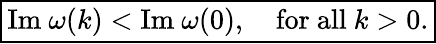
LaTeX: \boxed{\mathrm{Im}\ \omega(k)<\mathrm{Im}\ \omega(0),\quad\mathrm{for\ all\ }k>0.}